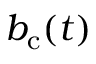
b _ { \mathrm { c } } ( t )